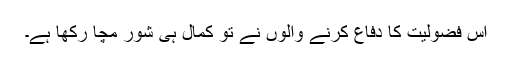
اِس فضولیت کا دفاع کرنے والوں نے تو کمال ہی شور مچا رکھا ہے۔